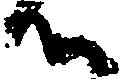
候